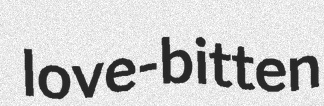
love-bitten